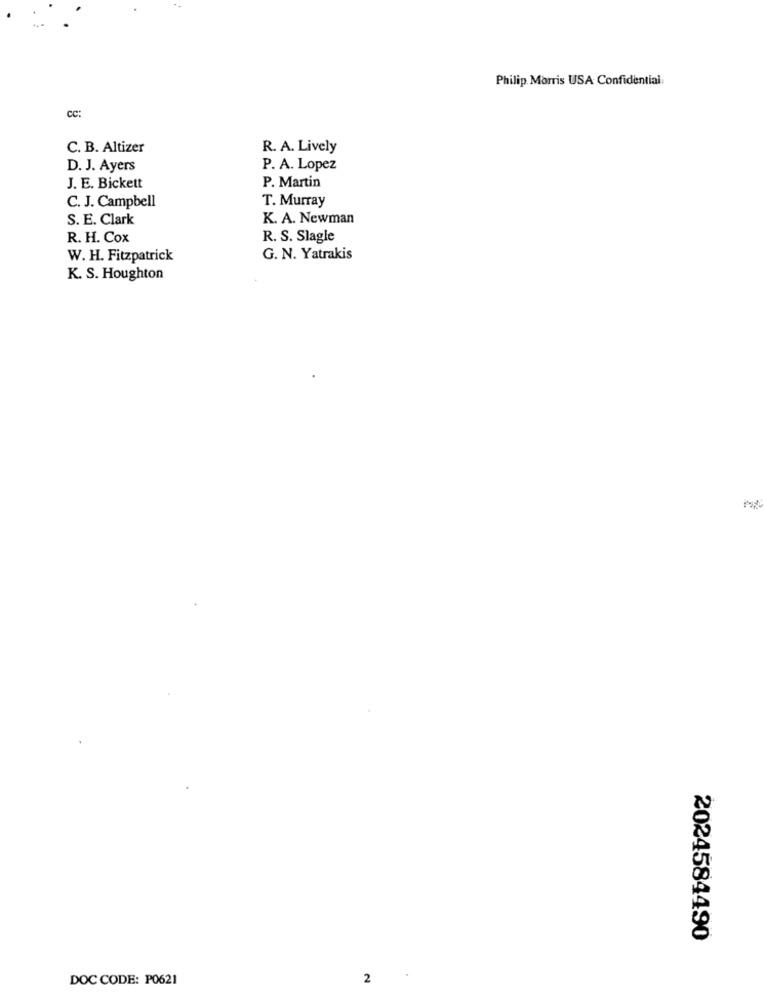
Philip Morris USA Confidential
cc:
C. B. Altizer
R. A. Lively
D. J. Ayers
P. A. Lopez
J. E. Bickett
P. Martin
C. J. Campbell
T. Murray
S. E. Clark
K. A. Newman
R. H. Cox
R. S. Slagle
W. H. Fitzpatrick
G. N. Yatrakis
K. S. Houghton
2024584490
DOC CODE: P0621
2